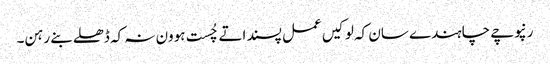
رنپوچے چاہندے سان کہ لوکیں عمل پسند اتے چُست ہوون نہ کہ ڈھلے بنے رہن۔